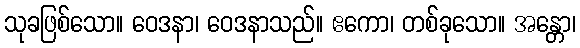
သုခဖြစ်သော။ ဝေဒနာ၊ ဝေဒနာသည်။ ဧကော၊ တစ်ခုသော။ အန္တော၊